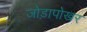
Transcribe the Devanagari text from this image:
जोड़ापोखर